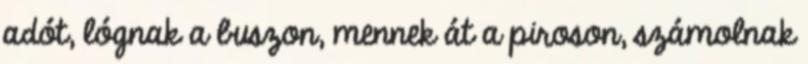
adót, lógnak a buszon, mennek át a piroson, számolnak